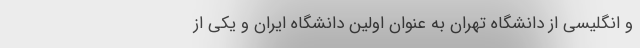
و انگلیسی از دانشگاه تهران به عنوان اولین دانشگاه ایران و یکی از